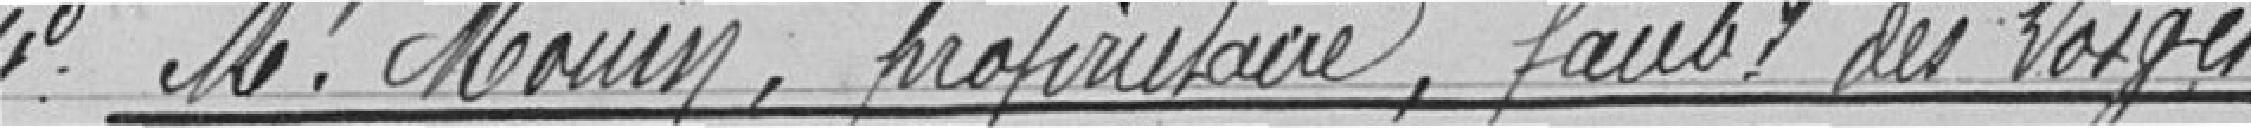
4° Monsieur MONIN, propriétaire faubourg des Vosges